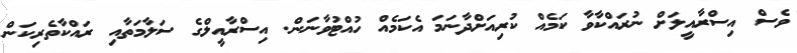
ވެސް އިސްރާއީލަށް ނުރައްކާވާ ކަމެއް ކުރިއަށްދާނަމަ އެކަމެއް ހުއްޓުވާނަން. އިސްރާއީލްގެ ސަލާމަތާއި ރައްކާތެރިކަން